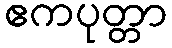
ဧကပုတ္တာ